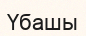
Үбашы